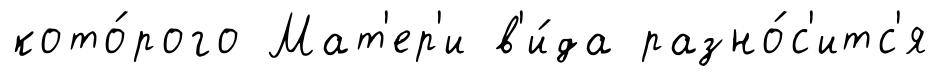
кото́рого Мат'ер'и в'и́да разно́с'итс'я